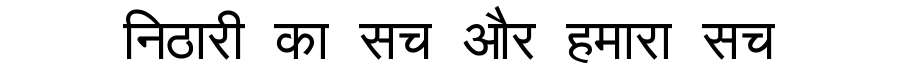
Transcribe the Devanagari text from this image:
निठारी का सच और हमारा सच